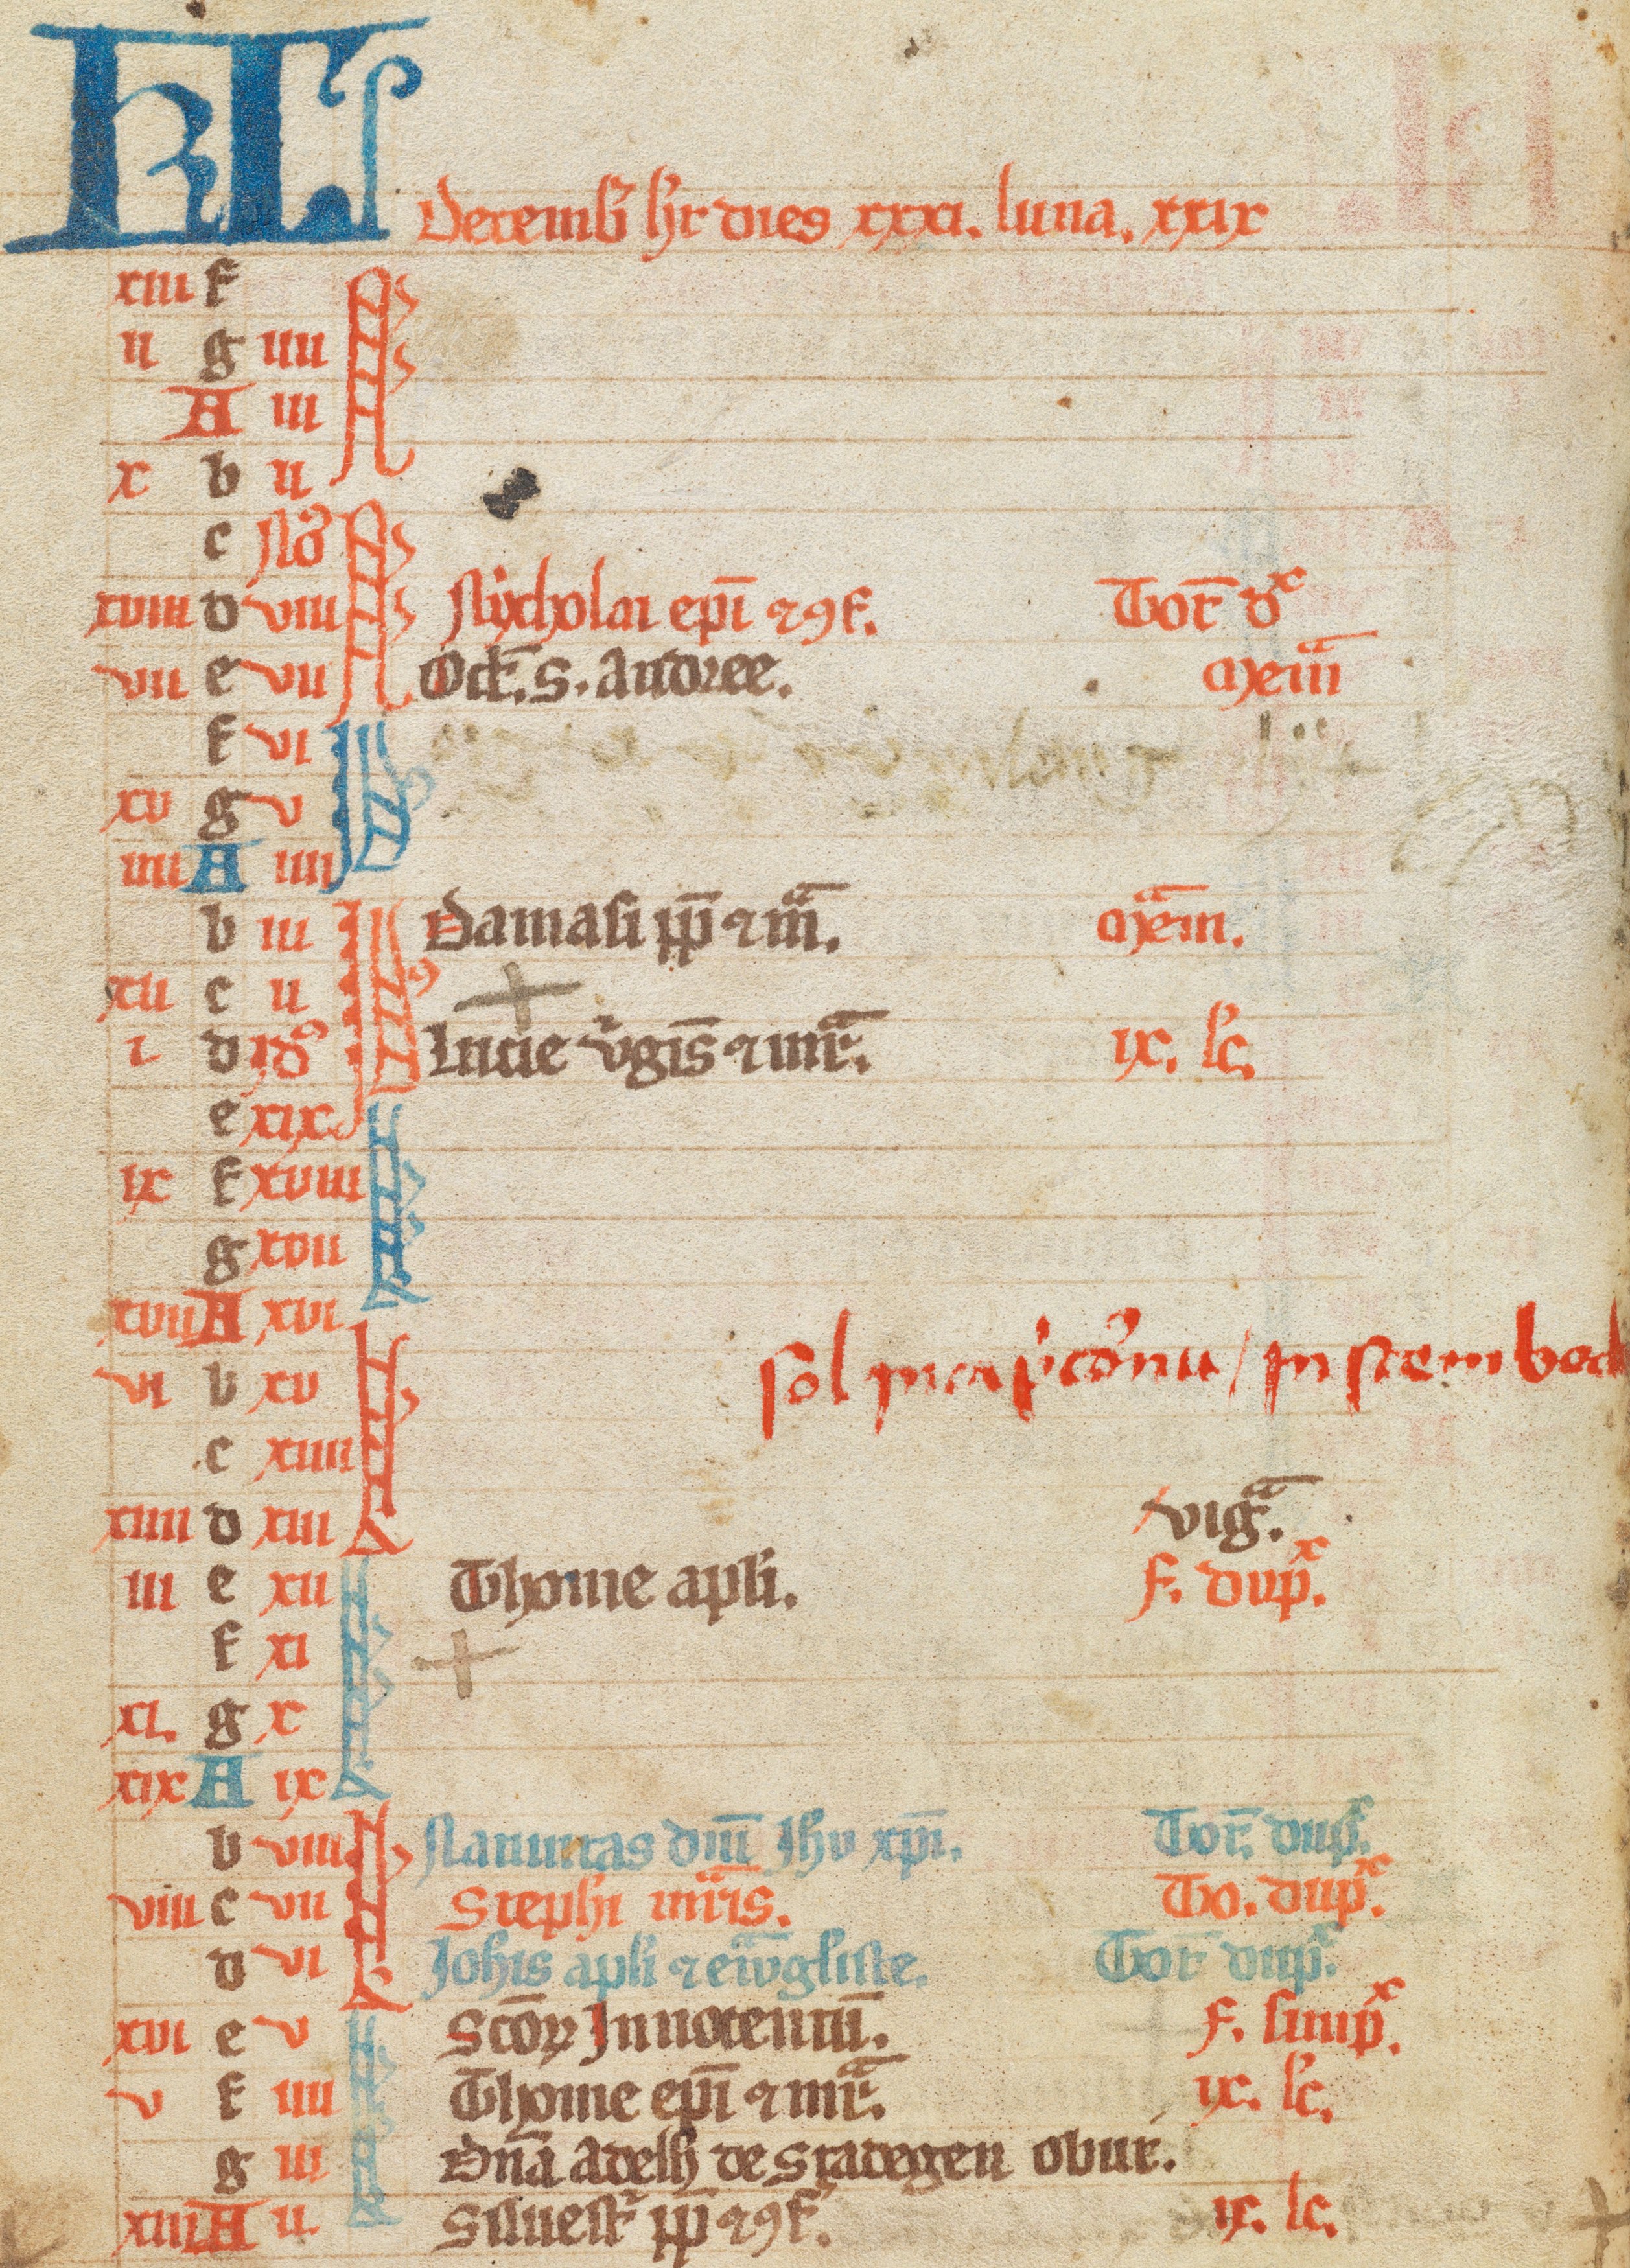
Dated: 1300–1349